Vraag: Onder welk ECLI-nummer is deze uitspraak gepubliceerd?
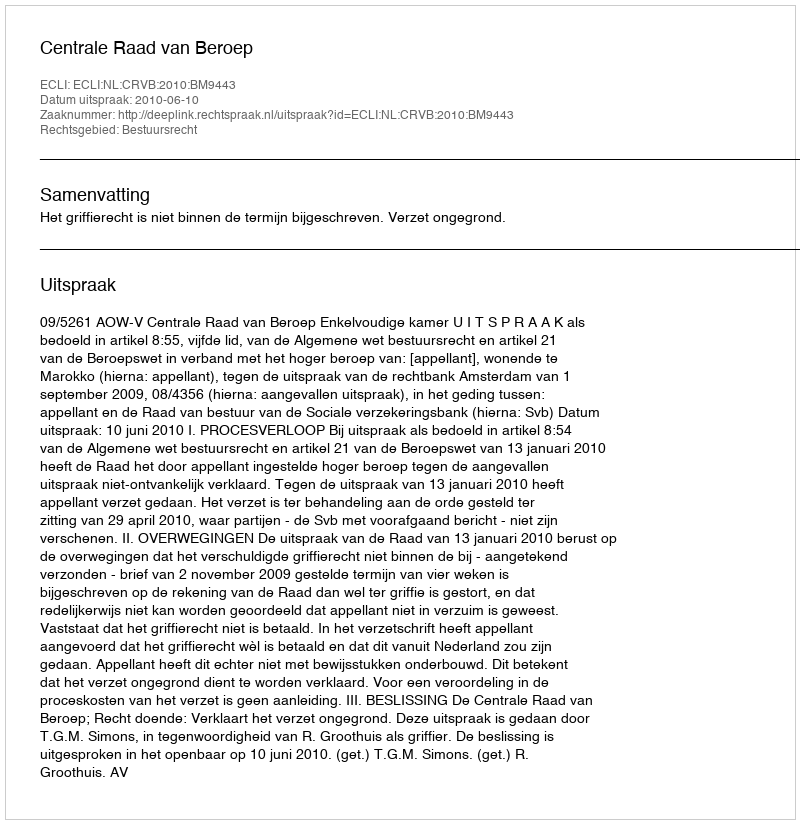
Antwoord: ECLI:NL:CRVB:2010:BM9443